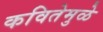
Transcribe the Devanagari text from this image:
कवितेमुळे